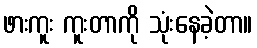
ဖားကူး ကူးတာကို သုံးနေခဲ့တာ။